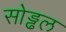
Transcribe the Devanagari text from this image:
सोड्ढल